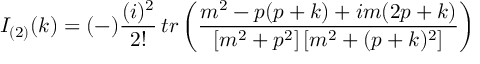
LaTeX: I _ { ( 2 ) } ( k ) = ( - ) \frac { ( i ) ^ { 2 } } { 2 ! } \, t r \left( { \frac { m ^ { 2 } - p ( p + k ) + i m ( 2 p + k ) } { [ m ^ { 2 } + p ^ { 2 } ] \, [ m ^ { 2 } + ( p + k ) ^ { 2 } ] } } \right)